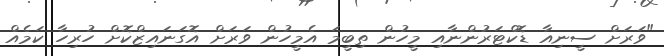
"ވަރަށް ސީނިއާ ޑޮކްޓަރުންނާއި މީހުން ތިބީމަ އެމީހުން ވަރަށް އޮގަނައިޒްކޮށް ހުރިހާ ކަމެއް